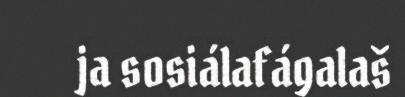
ja sosiálafágalaš